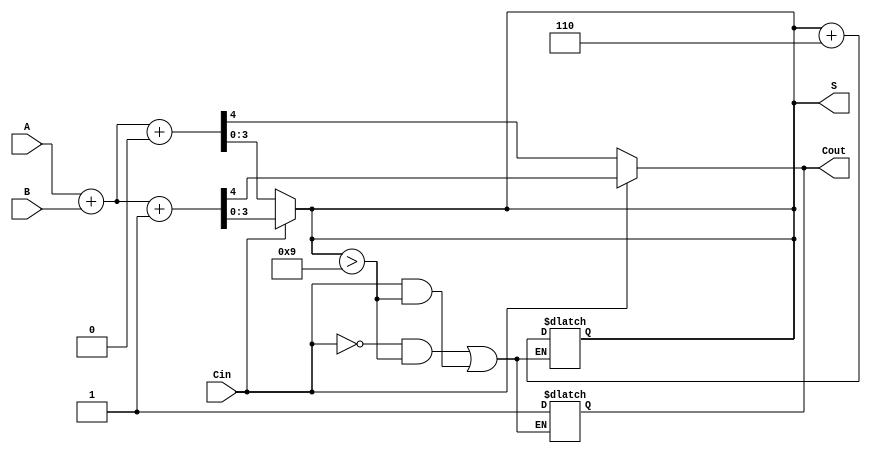
module BCD_MCSA (
    input [3:0] A,      // BCD input A
    input [3:0] B,      // BCD input B
    input Cin,          // Carry-in
    output reg [3:0] S, // BCD sum output
    output reg Cout     // Carry-out
);

    // Intermediate signals for the two paths
    wire [4:0] sum0;    // Sum when Cin = 0
    wire [4:0] sum1;    // Sum when Cin = 1
    wire carry0;        // Carry-out when Cin = 0
    wire carry1;        // Carry-out when Cin = 1

    // Calculate sums for both paths
    assign sum0 = A + B + 0; // When Cin = 0
    assign sum1 = A + B + 1; // When Cin = 1

    // Determine carry-out for both paths
    assign carry0 = sum0[4]; // Carry-out for Cin = 0
    assign carry1 = sum1[4]; // Carry-out for Cin = 1

    // Select the appropriate sum and carry based on Cin
    always @(*) begin
        if (Cin == 0) begin
            S = sum0[3:0];
            Cout = carry0;
        end else begin
            S = sum1[3:0];
            Cout = carry1;
        end
    end

    // BCD Correction Logic
    always @(*) begin
        // Check if the selected sum is greater than 9
        if ((Cin == 0 && S > 4'b1001) || (Cin == 1 && S > 4'b1001)) begin
            S = S + 4'b0110; // Add 6 for BCD correction
            Cout = 1;       // Set carry-out if correction is applied
        end
    end

endmodule